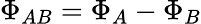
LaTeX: \Phi_{AB}=\Phi_{A}-\Phi_{B}